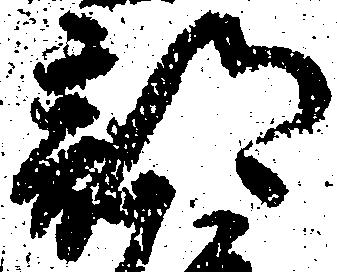
部